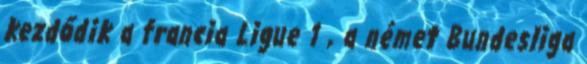
kezdődik a francia Ligue 1 , a német Bundesliga